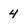
Character: 4